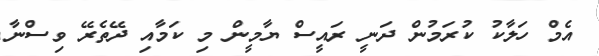
އެމް ހަލާކު ކުރަމުން ދަނީ ރައީސް ޔާމީން މި ކަމާއި ދޭތެރޭ ވިސްނާ